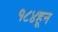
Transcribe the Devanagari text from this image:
१८४हून